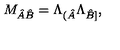
M _ { \hat { A } \hat { B } } = \Lambda _ { ( \hat { A } } \Lambda _ { \hat { B } ] } ,